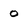
Character: o